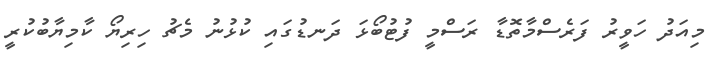
މިއަދު ހަވީރު ފަރެސްމާތޮޑާ ރަސްމީ ފުޓުބޯޅަ ދަނޑުގައި ކުޅުނު މެޗު ހިރިޔޯ ކާމިޔާބުކުރީ